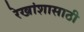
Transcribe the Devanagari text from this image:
रेखांशासाठी